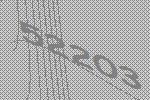
52203